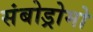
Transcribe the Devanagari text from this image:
संबोड्रोमो